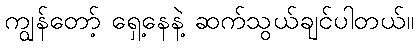
ကျွန်တော့် ရှေ့နေနဲ့ ဆက်သွယ်ချင်ပါတယ်။